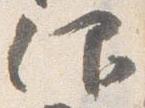
仰